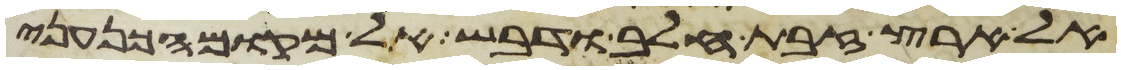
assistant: אל ארץ זבת חלב ודבש אל מקום הכנעני